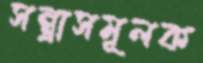
সন্ত্রাসমূলক